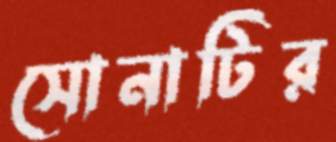
সোনাটির